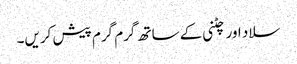
سلاد اور چٹنی کے ساتھ گرم گرم پیش کریں۔